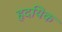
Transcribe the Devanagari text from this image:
हृदयिक